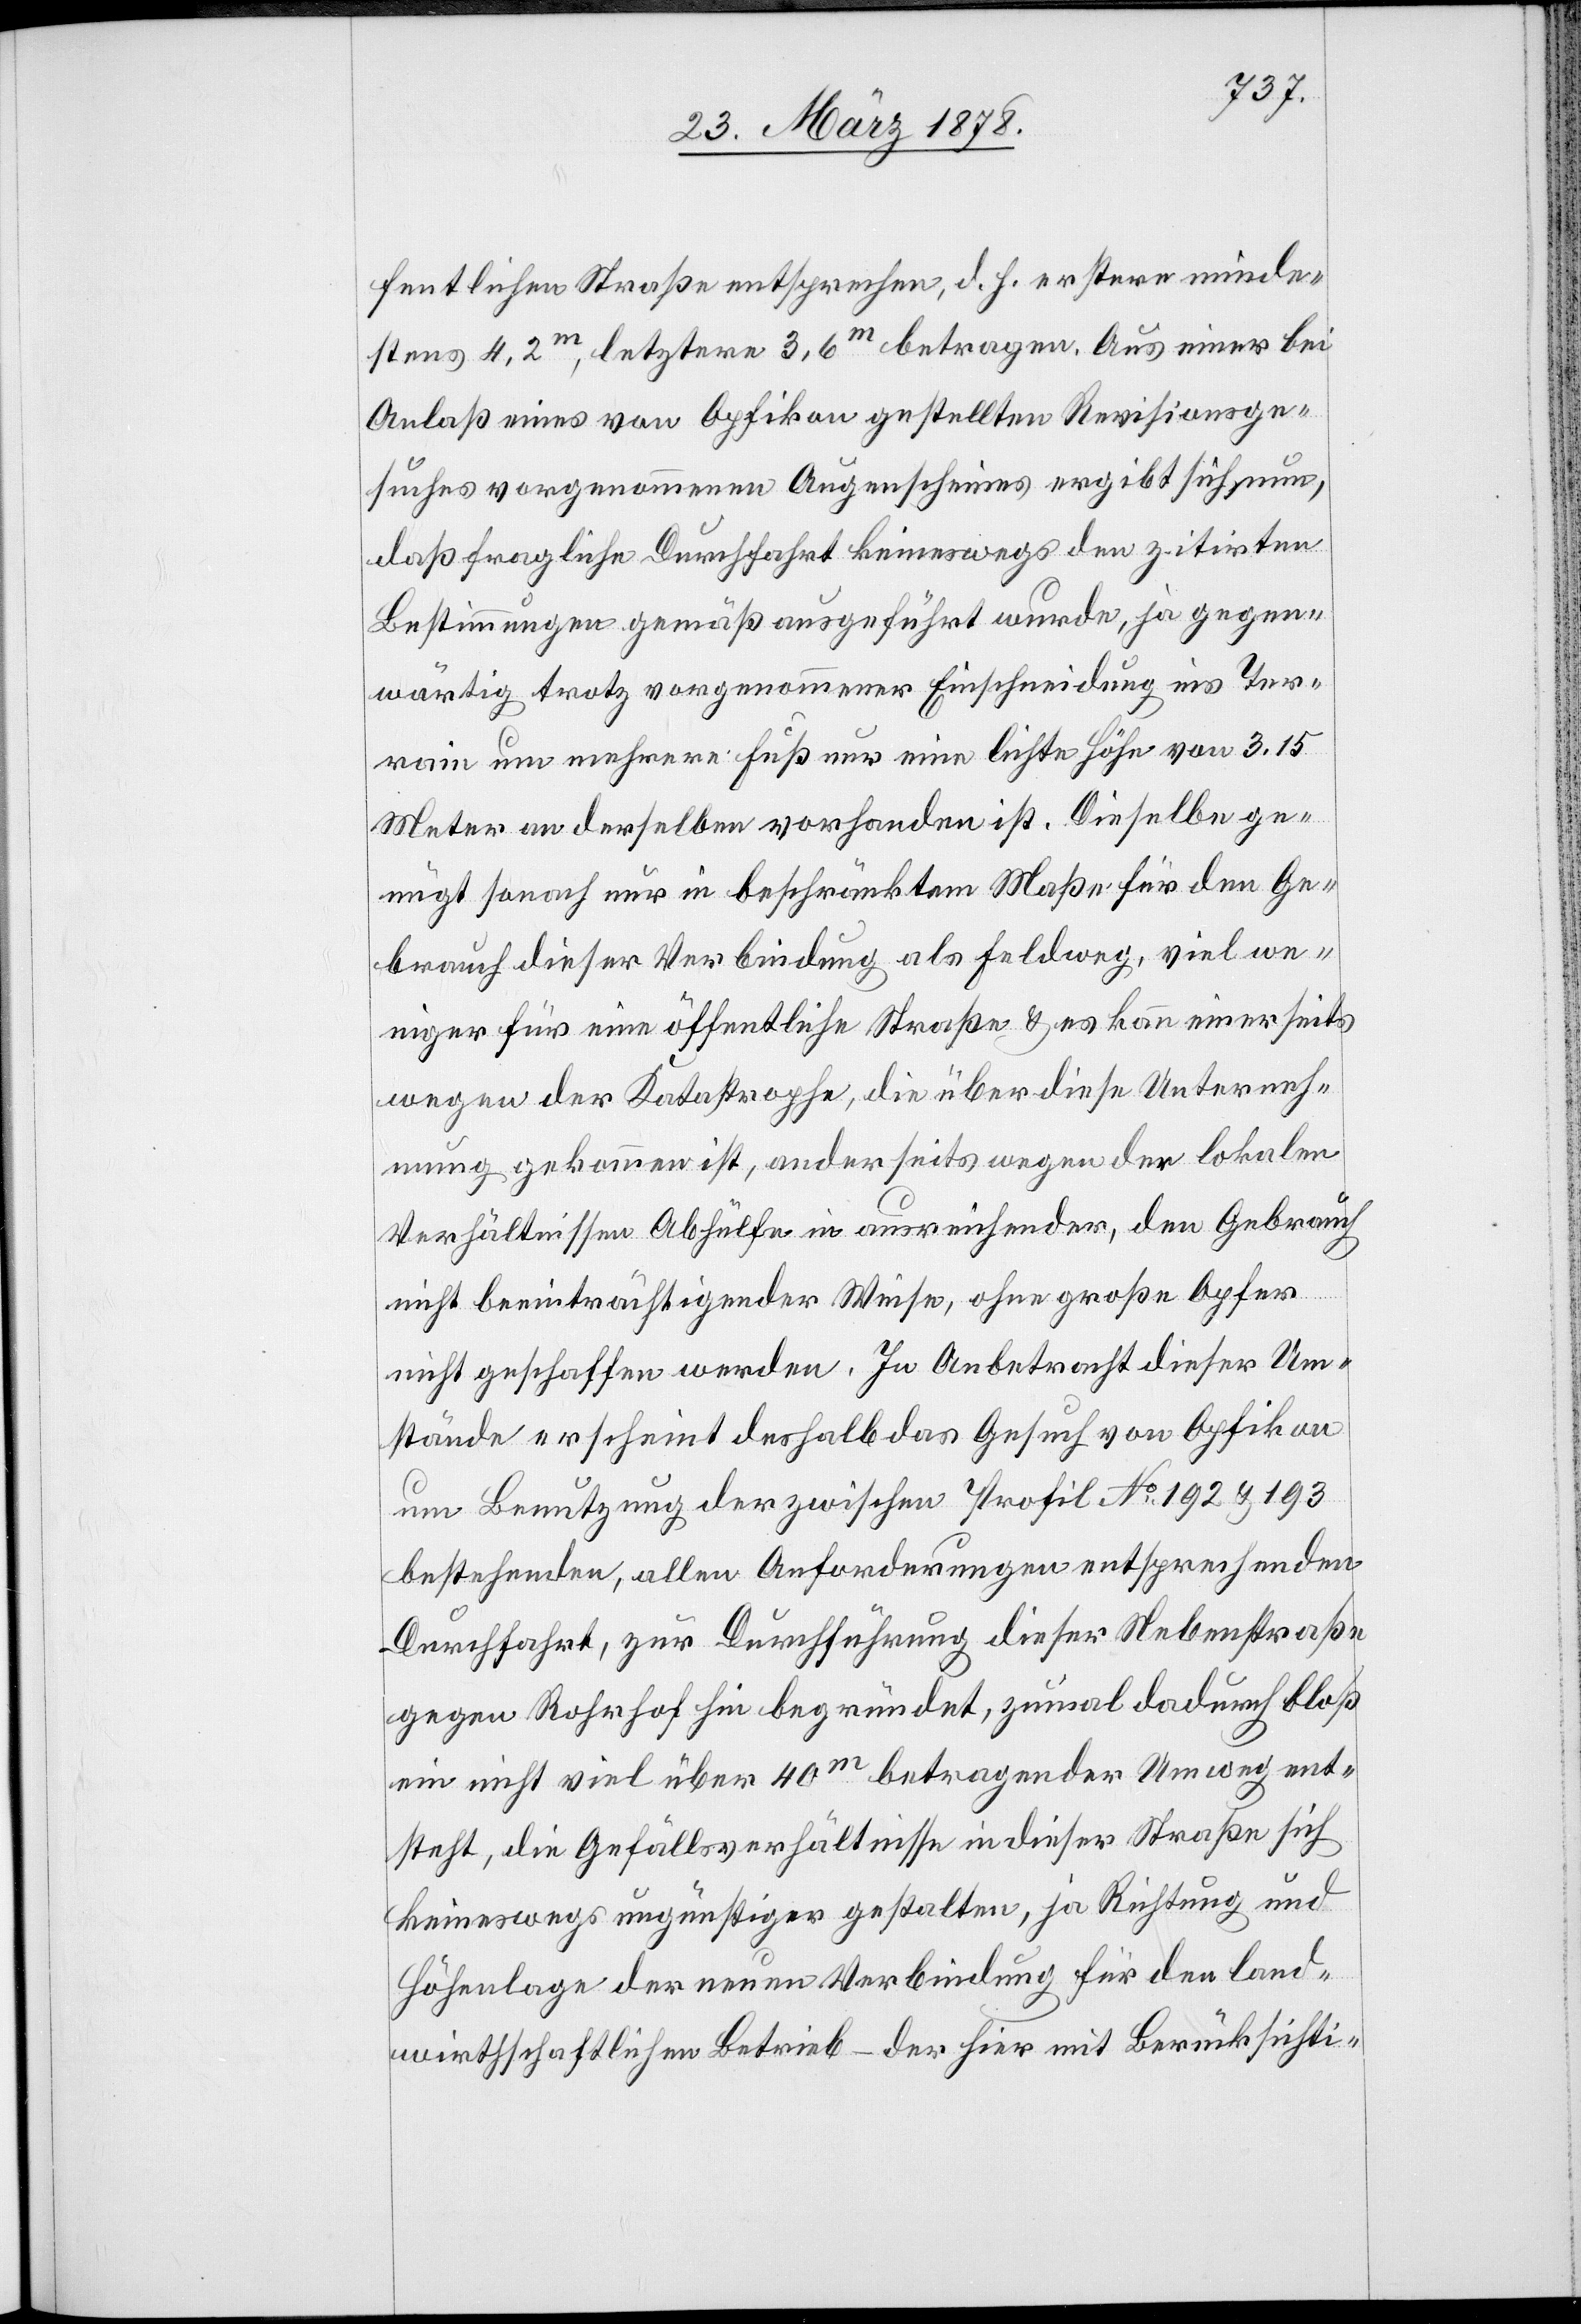
fentlichen Straße entsprechen, d. h. erstere minde¬
stens 4,2m, letztere 3,6m betragen. Aus einem bei
Anlaß eines von Opfikon gestellten Revisionsge¬
suches vorgenommenen Augenscheines ergibt sich nun,
daß fragliche Durchfahrt keineswegs den zitirten
Bestimmungen gemäß ausgeführt wurde, ja gegen¬
wärtig trotz vorgenommener Einschneidung ins Ter¬
rain um mehrere Fuß nur eine lichte Höhe von 3.15
Meter an derselben vorhanden ist. Dieselbe ge¬
nügt sonach nur in beschränktem Maße für den Ge¬
brauch dieser Verbindung als Feldweg, viel we¬
niger für eine öffentliche Straße & es kann einerseits
wegen der Katastrophe, die über diese Unterneh¬
mung gekommen ist, anderseits wegen der lokalen
Verhältnissen Abhülfe in ausreichender, den Gebrauch
nicht beeinträchtigender Weise, ohne große Opfer
nicht geschlossen werden. In Anbetracht dieser Um¬
stände erscheint deßhalb das Gesuch von Opfikon
um Benutzung der zwischen Profil No 192 & 193
bestehenden, allen Anforderungen entsprechenden
Durchfahrt, zur Durchführung dieser Nebenstraße
gegen Rohrhof hin begründet, zumal dadurch bloß
ein nicht viel über 40m betragender Umweg ent¬
steht, die Gefällsverhältnisse in dieser Straße sich
keineswegs ungünstiger gestalten, ja Richtung und
Höhenlage der neuen Verbindung für den land¬
wirthschaftlichen Betrieb – der hier mit Berücksichti-